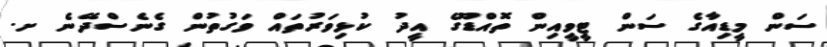
ސަން މީޑިއާގެ ސަން ޓީވީއިން ތޮއްޑޫގެ އީދު ކުޅިވަރުތައް ވަގުތުން ގެނެސްދޭނެ ށ.